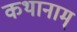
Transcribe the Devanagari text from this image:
कथानाम्